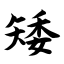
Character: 矮